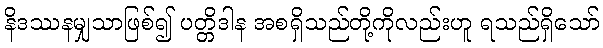
နိဒဿနမျှသာဖြစ်၍ ပတ္တိဒါန အစရှိသည်တို့ကိုလည်းဟူ ရသည်ရှိသော်